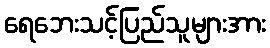
ရေဘေးသင့်ပြည်သူများအား